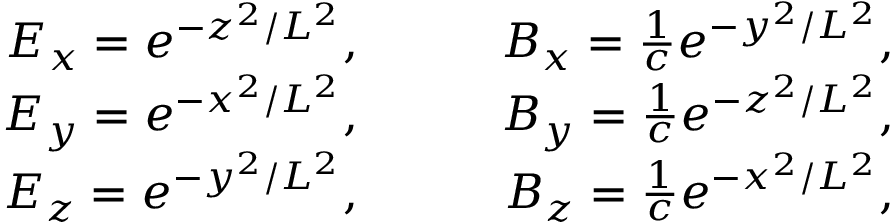
\begin{array} { r l r } { E _ { x } = e ^ { - z ^ { 2 } / L ^ { 2 } } , } & { \quad } & { B _ { x } = \frac { 1 } { c } e ^ { - y ^ { 2 } / L ^ { 2 } } , } \\ { E _ { y } = e ^ { - x ^ { 2 } / L ^ { 2 } } , } & { \quad } & { B _ { y } = \frac { 1 } { c } e ^ { - z ^ { 2 } / L ^ { 2 } } , } \\ { E _ { z } = e ^ { - y ^ { 2 } / L ^ { 2 } } , } & { \quad } & { B _ { z } = \frac { 1 } { c } e ^ { - x ^ { 2 } / L ^ { 2 } } , } \end{array}